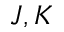
J , K